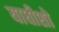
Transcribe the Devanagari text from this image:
याधीशो